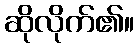
ဆိုလိုက်၏။